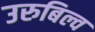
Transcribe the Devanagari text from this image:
उरुबिल्व